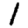
Digit: 1